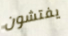
يفتشون